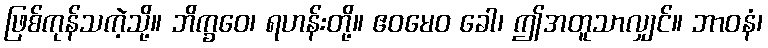
ဖြစ်ကုန်သကဲ့သို့။ ဘိက္ခဝေ၊ ရဟန်းတို့။ ဧဝမေဝ ခေါ၊ ဤအတူသာလျှင်။ ဘာဝနံ၊